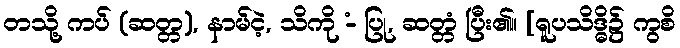
တသို့ ကပ် (ဆတ္တ), နာမ်ငဲ့, သိကို -ံ ပြု, ဆတ္တံ ပြီး၏။ [ရူပသိဒ္ဓိ၌ ကွစိ